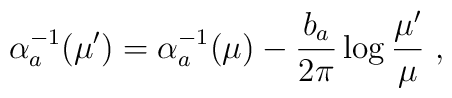
\alpha^{-1}_a (\mu^\prime) = \alpha^{-1}_a (\mu) -{b_a\over 2\pi}\log {\mu^\prime\over\mu}~,